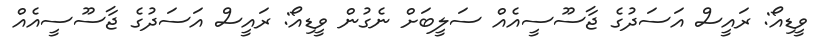
ވީޑިއޯ: ރައީސް އަސަދުގެ ޖާސޫސީއެއް ސަލީބަށް ނެގުން ވީޑިއޯ: ރައީސް އަސަދުގެ ޖާސޫސީއެއް